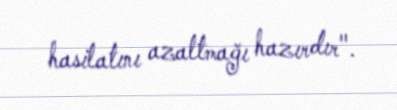
hasilatını azaltmağı hazırdır".